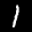
Label: 1